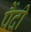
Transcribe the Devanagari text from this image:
पैंदी